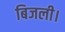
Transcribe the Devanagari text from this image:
बिजली।